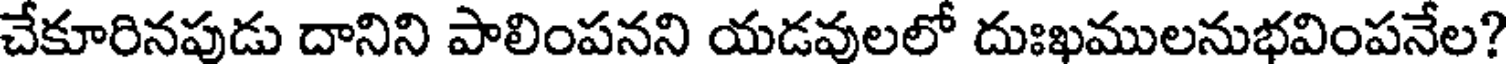
చేకూరినపుడు దానిని పాలింపనని యడవులలో దుఃఖములనుభవింపనేల?